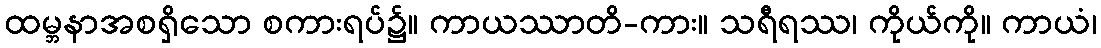
ထမ္ဘနာအစရှိသော စကားရပ်၌။ ကာယဿာတိ-ကား။ သရီရဿ၊ ကိုယ်ကို။ ကာယံ၊